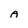
Character: A